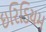
ઇરિડિયમ